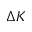
\Delta K